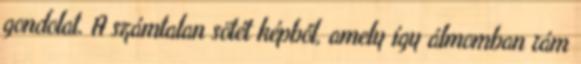
gondolat. A számtalan sötét képből, amely így álmomban rám